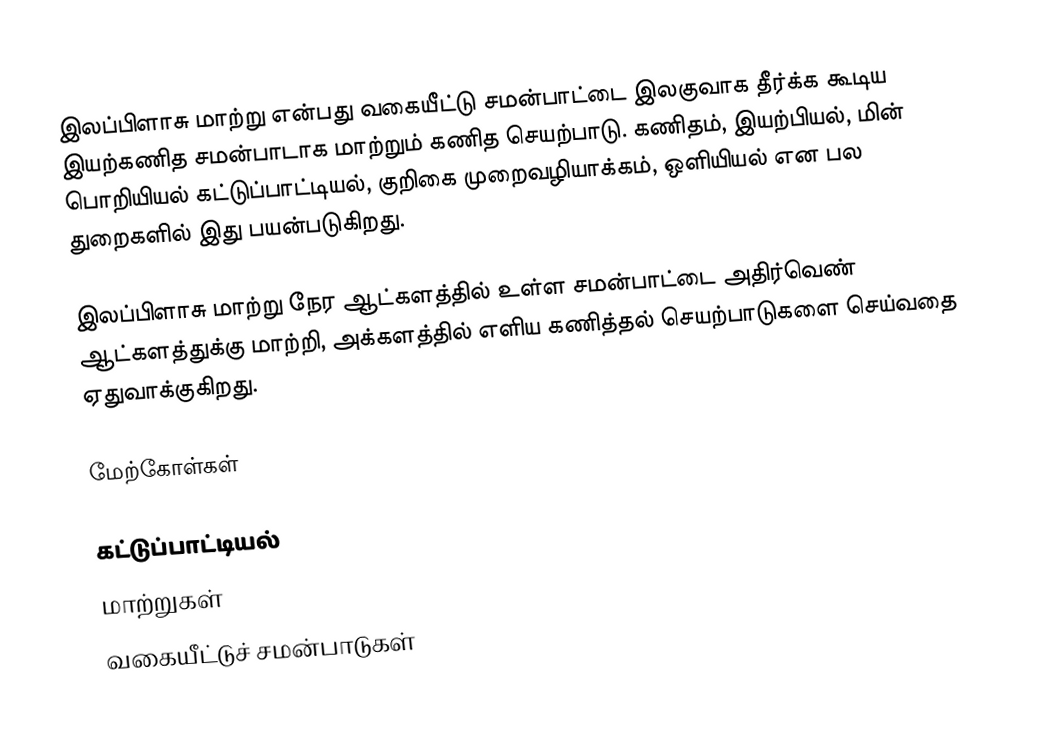
இலப்பிளாசு மாற்று என்பது வகையீட்டு சமன்பாட்டை இலகுவாக தீர்க்க கூடிய இயற்கணித சமன்பாடாக மாற்றும் கணித செயற்பாடு.  கணிதம், இயற்பியல், மின் பொறியியல் கட்டுப்பாட்டியல், குறிகை முறைவழியாக்கம், ஒளியியல் என பல துறைகளில் இது பயன்படுகிறது.

இலப்பிளாசு மாற்று நேர ஆட்களத்தில் உள்ள சமன்பாட்டை அதிர்வெண் ஆட்களத்துக்கு மாற்றி, அக்களத்தில் எளிய கணித்தல் செயற்பாடுகளை செய்வதை ஏதுவாக்குகிறது.

மேற்கோள்கள்

கட்டுப்பாட்டியல்
மாற்றுகள்
வகையீட்டுச் சமன்பாடுகள்